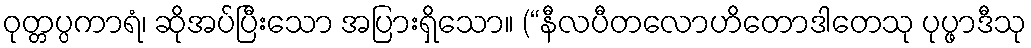
ဝုတ္တပ္ပကာရံ၊ ဆိုအပ်ပြီးသော အပြားရှိသော။ (“နီလပီတလောဟိတောဒါတေသု ပုပ္ဖာဒီသု